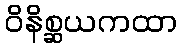
ဝိနိစ္ဆယကထာ